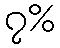
၇%